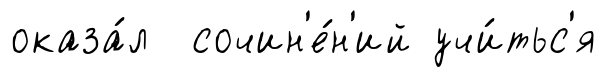
оказа́л сочин'е́н'ий учи́тьс'я